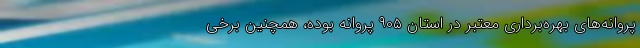
پروانه‌های بهره‌برداری معتبر در استان ۹۰۵ پروانه بوده، همچنین برخی